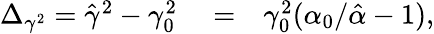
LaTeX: \begin{array}{rlr}{\Delta_{\gamma^{2}}=\hat{\gamma}^{2}-\gamma_{0}^{2}}&{{}=}&{\gamma_{0}^{2}(\alpha_{0}/\hat{\alpha}-1),}\end{array}